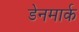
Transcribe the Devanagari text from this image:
डेेनमार्क